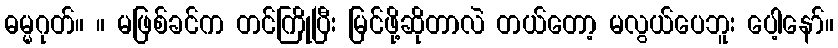
ဓမ္မဂုတ်။ ။ မဖြစ်ခင်က တင်ကြိုပြီး မြင်ဖို့ဆိုတာလဲ တယ်တော့ မလွယ်ပေဘူး ပေါ့နော်။